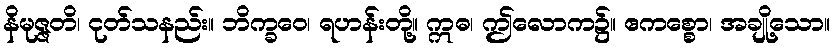
နိမုဇ္ဇတိ၊ ငုတ်သနည်း။ ဘိက္ခဝေ၊ ရဟန်းတို့။ ဣဓ၊ ဤလောက၌။ ဧကစ္စော၊ အချို့သော။